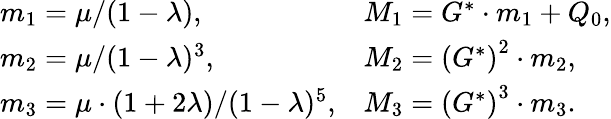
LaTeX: \begin{array}{ll}{m_{1}={\mu}/{(1-\lambda)},}&{M_{1}=G^{*}\cdot m_{1}+Q_{0},}\\ {m_{2}={\mu}/{(1-\lambda)^{3}},}&{M_{2}=\left(G^{*}\right)^{2}\cdot m_{2},}\\ {m_{3}={\mu\cdot(1+2\lambda)}/{(1-\lambda)^{5}},}&{M_{3}=\left(G^{*}\right)^{3}\cdot m_{3}.}\end{array}